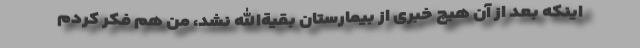
اینکه بعد از آن هیچ خبری از بیمارستان بقیةالله نشد، من هم فکر کردم